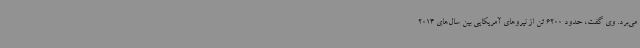
می‌برد. وی گفت، حدود 6200 تن از نیروهای آمریکایی بین سال‌های 2014